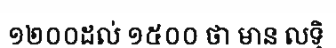
១២០០ដល់ ១៥០០ ថា មាន លទ្ធិ